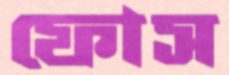
ফোস